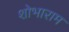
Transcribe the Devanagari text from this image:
शोभाराम